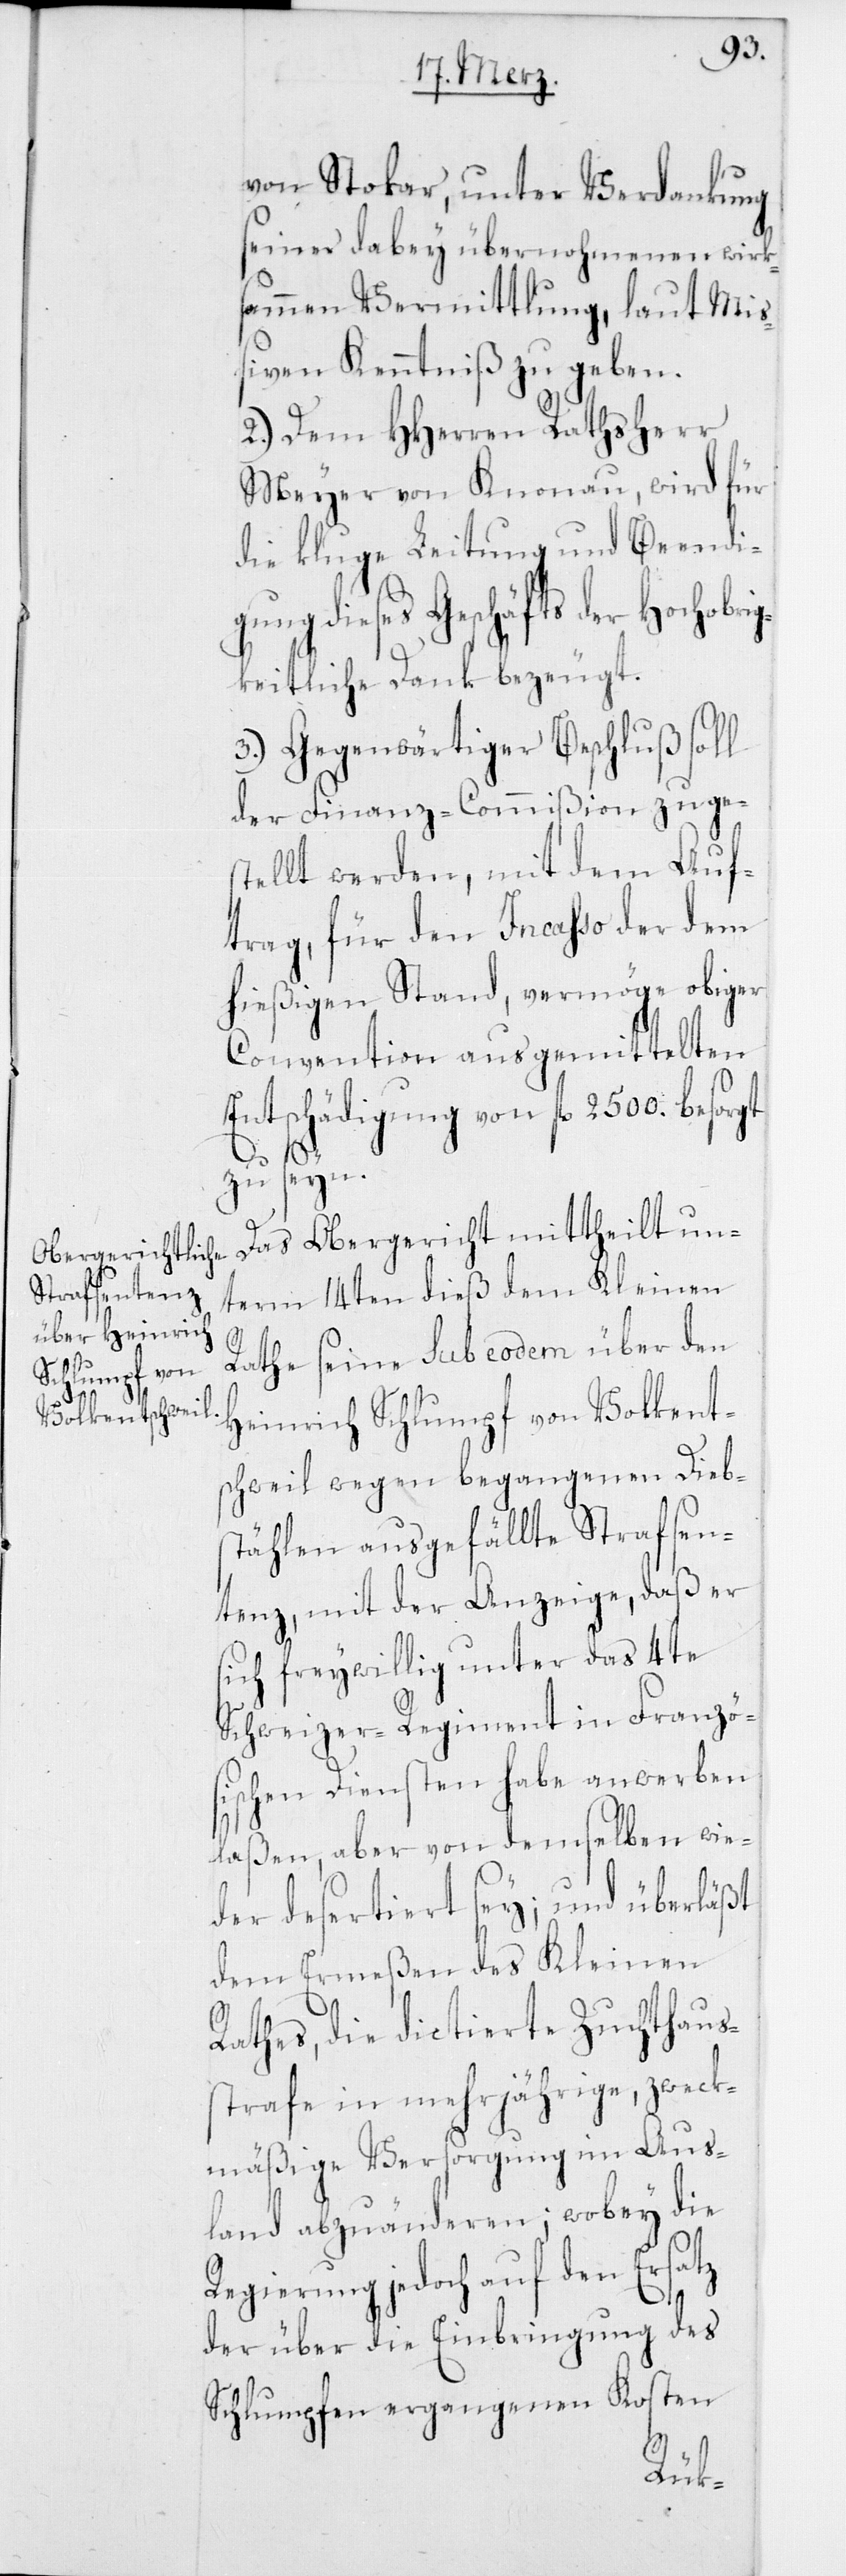
von Stokar, unter Verdankung
seiner dabey übernohmenen wirk¬
sammen Vermittlung, laut Miß¬
iven Kenntniß zu geben.
2.) Dem HHerren Rathsherr
Meyer von Knonau, wird für
die kluge Leitung und Beendi¬
gung dieses Geschäfts der Hochobri¬
gkeitliche Dank bezeugt.
3.) Gegenwärtiger Beschluß soll
der Finanz-Commißion zuge¬
stellt werden, mit dem Auf¬
trag, für den Incasso der dem
hießigen Stand, vermöge obiger
Convention ausgemittelten
Entschädigung von fl. 2500. besorgt
zu seyn.
Das Obergericht mittheilt un¬
term 14ten dieß dem Kleinen
Rathe seine sub eodem über den
Heinrich Schlumpf von Volkent¬
schweil wegen begangenen Dieb¬
stählen ausgefällte Strafsen¬
tenz, mit der Anzeige, daß er
sich freywillig unter das 4te
Schweizer-Regiment in Franzö¬
sischen Diensten habe anwerben
laßen, aber von demselben wie¬
der desertiert sey; und überläßt
dem Ermeßen des Kleinen
Rathes, die dictierte Zuchthaus¬
strafe in mehrjährige, zweck¬
mäßige Versorgung im Aus¬
land abzuänderen; wobey die
Regierung jedoch auf den Ersatz
der über die Einbringung des
Schlumpfen ergangenen Kosten